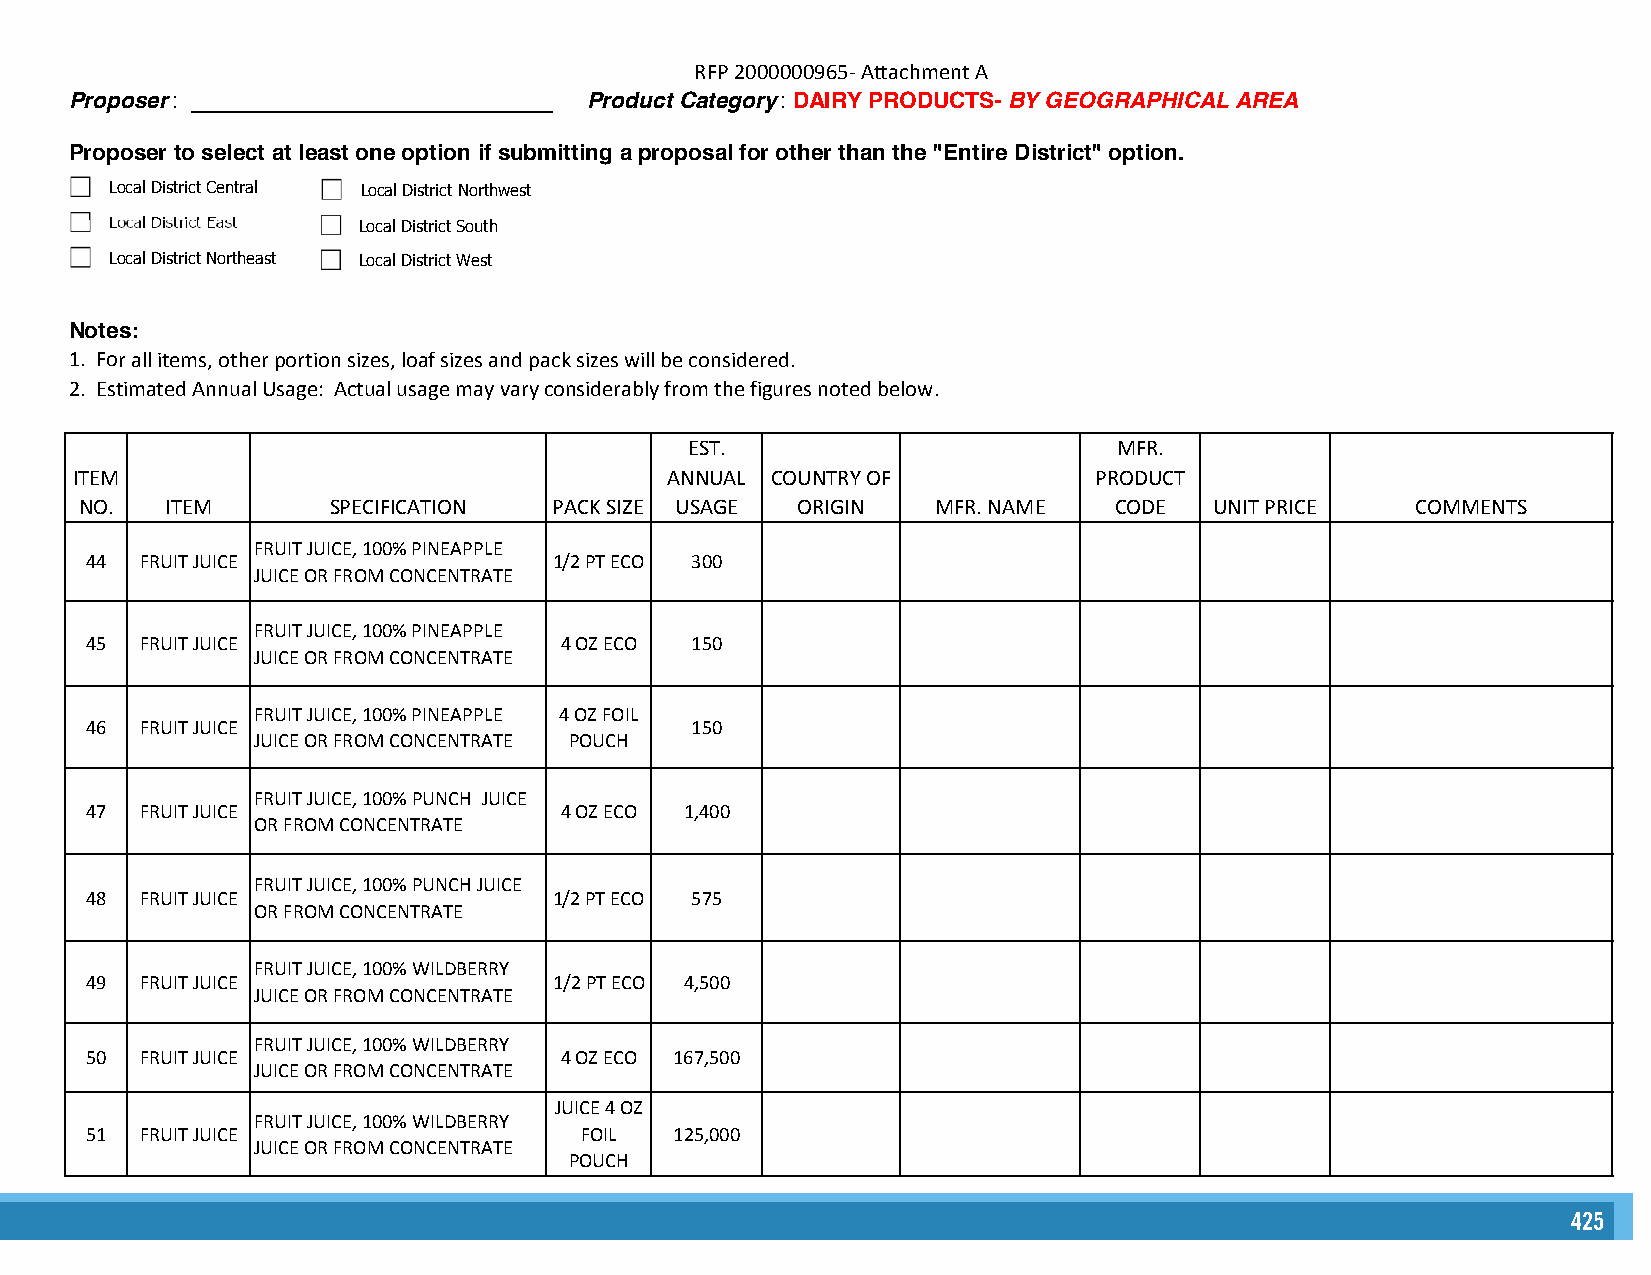
RFP 2000000965- Attachment A
 Proposer : _____________________________ Product Category : DAIRY PRODUCTS- BY GEOGRAPHICAL AREA
 Proposer to select at least one option if submitting a proposal for other than the "Entire District" option.
 Local District Central Local District Northwest
 Local District East Local District South
 Local District Northeast Local District West
 Notes:
 1. For all items, other portion sizes, loaf sizes and pack sizes will be considered.
 2. Estimated Annual Usage: Actual usage may vary considerably from the figures noted below.
 EST.                        MFR.
 ITEM                                   ANNUAL COUNTRY OF           PRODUCT
 NO.   ITEM       SPECIFICATION  PACK SIZE USAGE ORIGIN   MFR. NAME   CODE  UNIT PRICE    COMMENTS
 FRUIT JUICE, 100% PINEAPPLE
 44 FRUIT JUICE                 1/2 PT ECO 300
 JUICE OR FROM CONCENTRATE
 FRUIT JUICE, 100% PINEAPPLE
 45 FRUIT JUICE                 4 OZ ECO 150
 JUICE OR FROM CONCENTRATE
 FRUIT JUICE, 100% PINEAPPLE 4 OZ FOIL
 46 FRUIT JUICE                          150
 JUICE OR FROM CONCENTRATE POUCH
 FRUIT JUICE, 100% PUNCH JUICE
 47 FRUIT JUICE                 4 OZ ECO 1,400
 OR FROM CONCENTRATE
 FRUIT JUICE, 100% PUNCH JUICE
 48 FRUIT JUICE                 1/2 PT ECO 575
 OR FROM CONCENTRATE
 FRUIT JUICE, 100% WILDBERRY
 49 FRUIT JUICE                 1/2 PT ECO 4,500
 JUICE OR FROM CONCENTRATE
 FRUIT JUICE, 100% WILDBERRY
 50 FRUIT JUICE                 4 OZ ECO 167,500
 JUICE OR FROM CONCENTRATE
 JUICE 4 OZ
 FRUIT JUICE, 100% WILDBERRY
 51 FRUIT JUICE                  FOIL   125,000
 JUICE OR FROM CONCENTRATE
 POUCH
 425